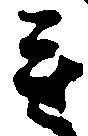
重